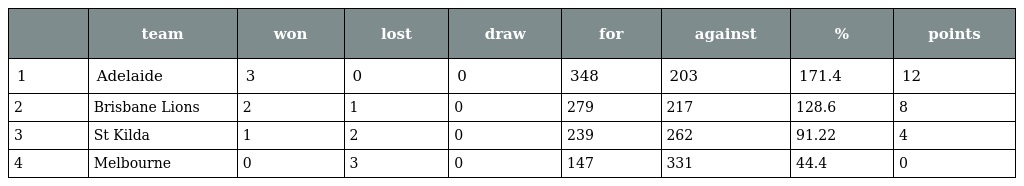
|  | team | won | lost | draw | for | against | % | points |
 | --- | --- | --- | --- | --- | --- | --- | --- | --- |
 | 1 | Adelaide | 3 | 0 | 0 | 348 | 203 | 171.4 | 12 |
 | 2 | Brisbane Lions | 2 | 1 | 0 | 279 | 217 | 128.6 | 8 |
 | 3 | St Kilda | 1 | 2 | 0 | 239 | 262 | 91.22 | 4 |
 | 4 | Melbourne | 0 | 3 | 0 | 147 | 331 | 44.4 | 0 |